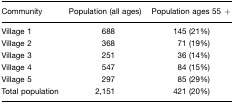
| Community | Population (all ages) | Population ages 55 + |
 | --- | --- | --- |
 | Village 1 | 688 | 145 (21%) |
 | Village 2 | 368 | 71 (19%) |
 | Village 3 | 251 | 36 (14%) |
 | Village 4 | 547 | 84 (15%) |
 | Village 5 | 297 | 85 (29%) |
 | Total population | 2,151 | 421 (20%) |